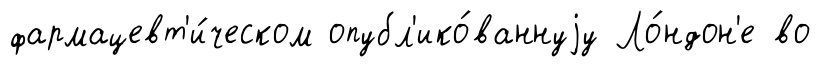
фармацевт'и́ческом опубл'ико́ваннуjу Ло́ндон'е во